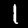
Label: 1